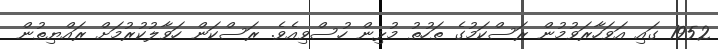
1952 ގައި އަވަހާރަވުމުން ރަސްކަމުގެ ތަހުތު މުޅިން ހުސްވިއެވެ. ރަސްކަން ހަވާލުކުރުމަށް ރައްޔިތުން